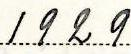
1929